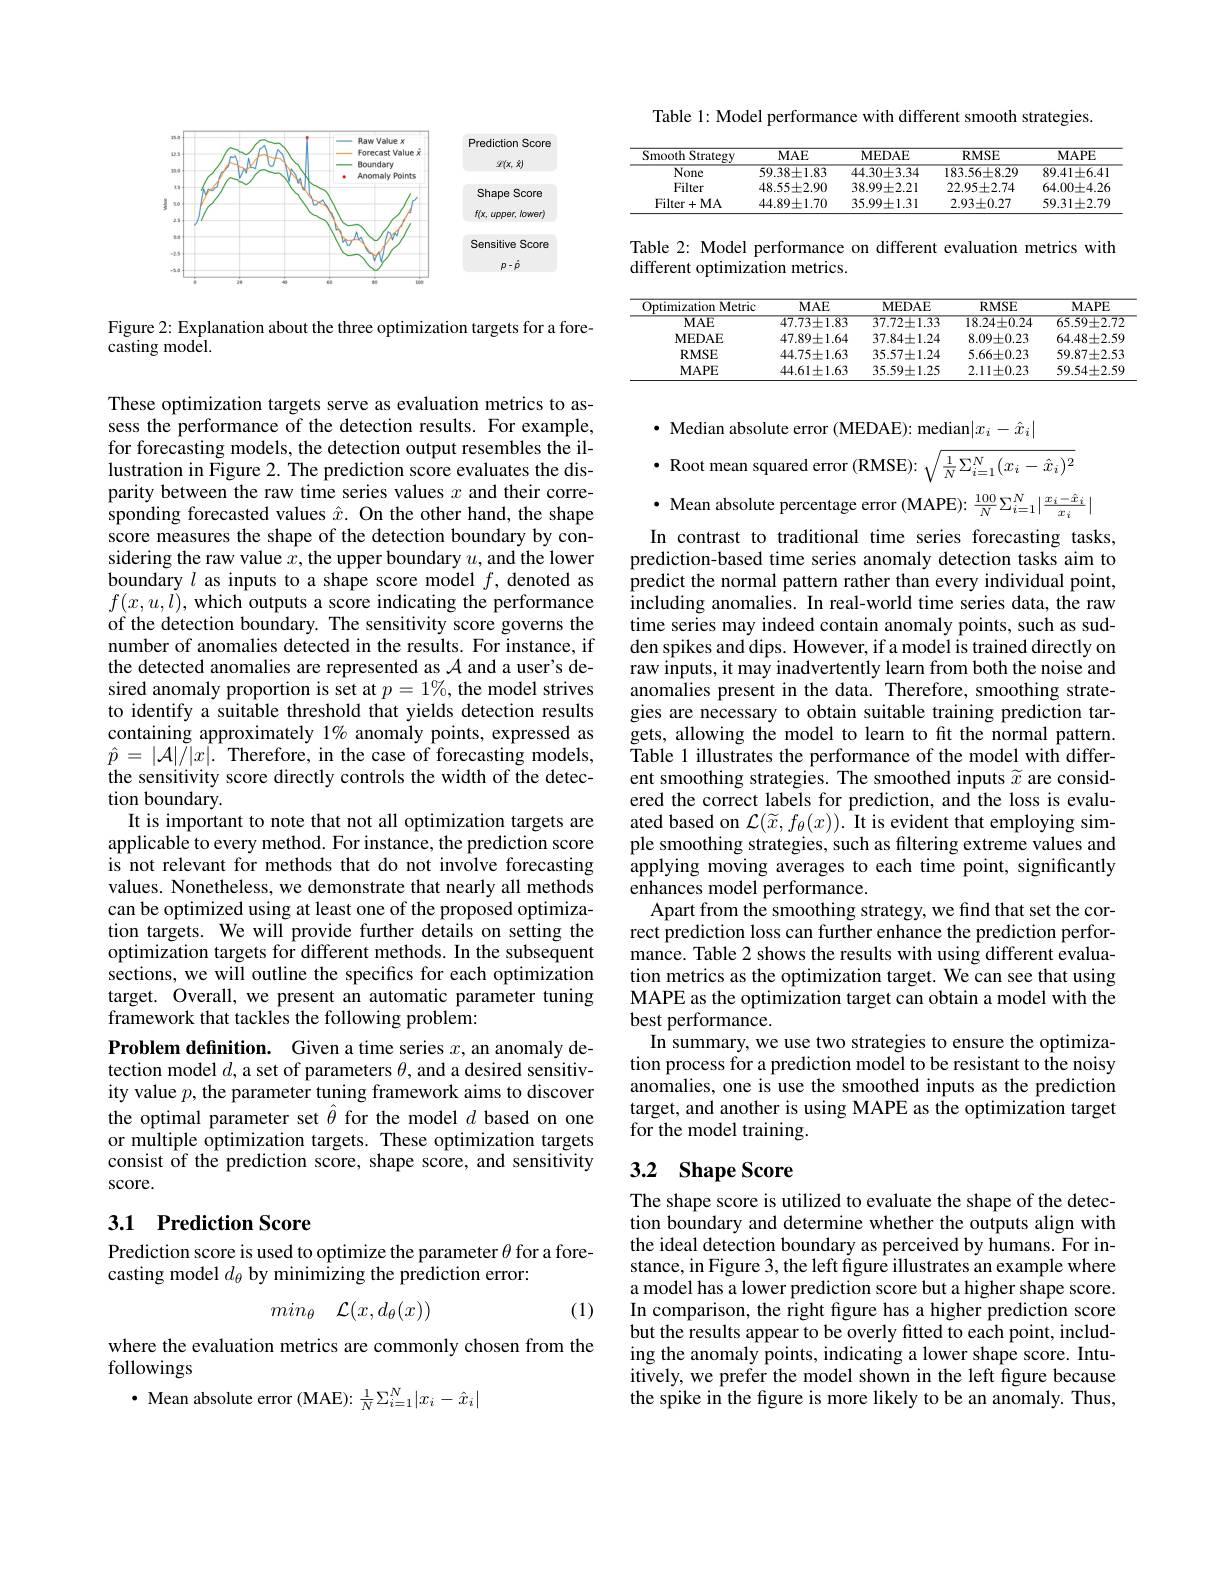
<FigureHere>

Figure 2: Explanation about the three optimization targets for a fore-
casting model.

These optimization targets serve as evaluation metrics to assess the performance of the detection results. For example, for forecasting models, the detection output resembles the illustration in Figure 2. The prediction score evaluates the disparity between the raw time series values $x$ and their corresponding forecasted values $\hat{x}.$ On the other hand, the shape score measures the shape of the detection boundary by considering the raw value $x$, the upper boundary $u$, and the lower boundary $l$ as inputs to a shape score model $f$, denoted as $f(x,u,\dot{l})$,which outputs a score indicating the performance of the detection boundary. The sensitivity score governs the number of anomalies detected in the results. For instance, if the detected anomalies are represented as $\mathcal{A}$ and a user's desired anomaly proportion is set at $p=1\%$, the model strives to identify a suitable threshold that yields detection results containing approximately $1\%$ anomaly points, expressed as $\hat{p}=|\mathcal{A}|\tilde{/}|x|.$Therefore, in the case of forecasting models, the sensitivity score directly controls the width of the detection boundary
It is important to note that not all optimization targets are applicable to every method. For instance, the prediction score is not relevant for methods that do not involve forecasting values. Nonetheless, we demonstrate that nearly all methods can be optimized using at least one of the proposed optimization targets. We will provide further details on setting the optimization targets for different methods. In the subsequent sections, we will outline the specifics for each optimization target. Overall, we present an automatic parameter tuning framework that tackles the following problem:
Problem definition. Given a time series $x$, an anomaly detection model $d$, a set of parameters $\theta$, and a desired sensitivity value $p$, the parameter tuning framework aims to discover

the optimal parameter set $\hat{\theta}$ for the model $d$ based on one or multiple optimization targets. These optimization targets consist of the prediction score, shape score, and sensitivity score.

## 3.1 Prediction Score

Prediction score is used to optimize the parameter $\theta$ for a fore-
casting model $d_\theta$ by minimizing the prediction error:
$$min_\theta\quad\mathcal{L}(x,d_\theta(x))$$
(1)

where the evaluation metrics are commonly chosen from the
followings

$\cdot$ Mean absolute error (MAE): $\frac1N\Sigma_{i=1}^N|x_i-\hat{x}_i|$

Table 1: Model performance with different smooth strategies.

<table>
	<tbody>
		<tr>
			<th>${\mathrm{Smooth~Strategy}}$</th>
			<th>$MAE$</th>
			<th>MEDAE</th>
			<th>RMSE</th>
			<th>MAPE</th>
		</tr>
		<tr>
			<td>$\overline{\mathrm{None}}$</td>
			<td>$59.38\pm1.83$</td>
			<td>$44.30\pm3.34$</td>
			<td>$183.56\pm8.29$</td>
			<td>$89.41\pm6.41$</td>
		</tr>
		<tr>
			<td>Filter</td>
			<td>$48.55\pm2.90$</td>
			<td>$38.99\pm2.21$</td>
			<td>$22.95\pm2.74$</td>
			<td>$64.00\pm4.26$</td>
		</tr>
		<tr>
			<td>Filter+ MA</td>
			<td>$44.89\pm1.70$</td>
			<td>$35.99\pm1.31$</td>
			<td>$2.93\pm0.27$</td>
			<td>$59.31\pm2.79$</td>
		</tr>
	</tbody>
</table>

Table 2: Model performance on different evaluation metrics with
## different optimization metrics.

<table>
	<tbody>
		<tr>
			<th>Optimization Metric</th>
			<th>$MAE$</th>
			<th>MEDAE</th>
			<th>RMSE</th>
			<th>MAPE</th>
		</tr>
		<tr>
			<td>$MAE$</td>
			<td>$47.73\pm1.83$</td>
			<td>$37.72\pm1.33$</td>
			<td>$18.24\pm0.24$</td>
			<td>$65.59\pm2.72$</td>
		</tr>
		<tr>
			<td>MEDAE</td>
			<td>$47.89\pm1.64$</td>
			<td>$37.84\pm1.24$</td>
			<td>$8.09\pm0.23$</td>
			<td>$64.48\pm2.59$</td>
		</tr>
		<tr>
			<td>RMSE</td>
			<td>$44.75\pm1.63$</td>
			<td>$35.57\pm1.24$</td>
			<td>$5.66\pm0.23$</td>
			<td>$59.87\pm2.53$</td>
		</tr>
		<tr>
			<td>$\mathbf{MAPE}$</td>
			<td>$44.61\pm1.63$</td>
			<td>$35.59\pm1.25$</td>
			<td>$2.11\pm0.23$</td>
			<td>$59.54\pm2.59$</td>
		</tr>
	</tbody>
</table>

$•$ Median absolute error (MEDAE): median$|x_i-\hat{x}_i|$
$\bullet$ Root mean squared error (RMSE): $\sqrt\frac1N\Sigma_{i=1}^N(x_i-\hat{x}_i)^2$

In contrast to traditional time series forecasting tasks, prediction-based time series anomaly detection tasks aim to predict the normal pattern rather than every individual point, including anomalies. In real-world time series data, the raw time series may indeed contain anomaly points, such as sudden spikes and dips. However, if a model is trained directly on raw inputs, it may inadvertently learn from both the noise and anomalies present in the data. Therefore, smoothing strategies are necessary to obtain suitable training prediction targets, allowing the model to learn to ft the normal pattern. Table 1 illustrates the performance of the model with different smoothing strategies. The smoothed inputs $\widetilde{x}$ are considered the correct labels for prediction, and the loss is evaluated based on $\mathcal{L}(\widetilde x,f_\theta(x)).$ It is evident that employing simple smoothing strategies, such as filtering extreme values and applying moving averages to each time point, significantly enhances model performance.
Apart from the smoothing strategy, we find that set the correct prediction loss can further enhance the prediction performance. Table 2 shows the results with using different evaluation metrics as the optimization target. We can see that using MAPE as the optimization target can obtain a model with the best performance.
In summary, we use two strategies to ensure the optimization process for a prediction model to be resistant to the noisy anomalies, one is use the smoothed inputs as the prediction target, and another is using MAPE as the optimization target for the model training.

## 3.2 Shape Score

The shape score is utilized to evaluate the shape of the detection boundary and determine whether the outputs align with the ideal detection boundary as perceived by humans. For instance, in Figure 3, the left figure illustrates an example where a model has a lower prediction score but a higher shape score. In comparison, the right figure has a higher prediction score but the results appear to be overly fitted to each point, including the anomaly points, indicating a lower shape score. Intuitively, we prefer the model shown in the left figure because the spike in the fgure is more likely to be an anomaly. Thus,